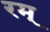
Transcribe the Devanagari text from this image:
रम्